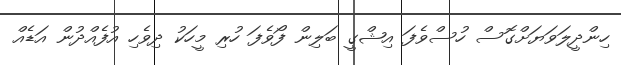
ހިންދީލަވަޔަށްގޮސް ހުސްވެފަ އިޝްގީ ބަލިން ފޯވެފަ ހުރި މީހަކު ދިވެހި އުފެއްދުން އަޑެއް